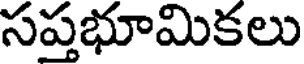
సప్తభూమికలు